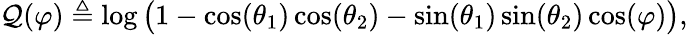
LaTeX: \mathcal{Q}(\varphi)\triangleq\log\big(1-\cos(\theta_{1})\cos(\theta_{2})-\sin(\theta_{1})\sin(\theta_{2})\cos(\varphi)\big),